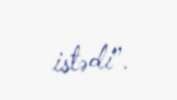
istədi”.